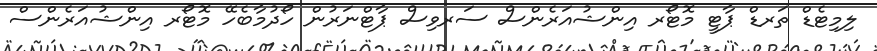
ލިމިޓެޑް ތަރޑް ޕާޓީ މޮޓޯރ އިންޝުއަރެންސް ސަރވިސް ޕާޓްނަރުން ހޯދުމާބެހޭ މޮޓޯރ އިންޝުއަރެންސް